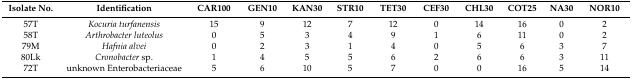
| Isolate No. | Identification | CAR100 | GEN10 | KAN30 | STR10 | TET30 | CEF30 | CHL30 | COT25 | NA30 | NOR10 |
 | --- | --- | --- | --- | --- | --- | --- | --- | --- | --- | --- | --- |
 | 57T | Kocuria turfanensis | 15 | 9 | 12 | 7 | 12 | 0 | 14 | 16 | 0 | 2 |
 | 58T | Arthrobacter luteolus | 0 | 5 | 3 | 4 | 9 | 1 | 6 | 11 | 0 | 2 |
 | 79M | Hafnia alvei | 0 | 2 | 3 | 1 | 4 | 0 | 5 | 6 | 3 | 7 |
 | 80Lk | Cronobacter sp. | 1 | 4 | 5 | 5 | 6 | 2 | 6 | 6 | 3 | 11 |
 | 72T | unknown Enterobacteriaceae | 5 | 6 | 10 | 5 | 7 | 0 | 0 | 16 | 5 | 14 |